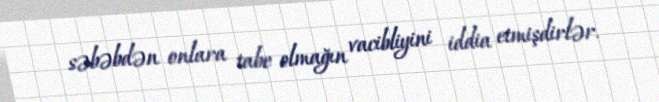
səbəbdən onlara tabe olmağın vacibliyini iddia etmişdirlər.